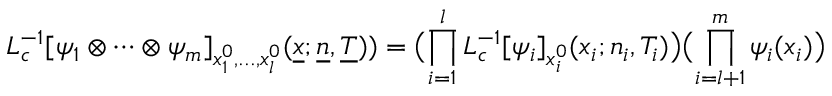
L _ { c } ^ { - 1 } [ \psi _ { 1 } \otimes \cdots \otimes \psi _ { m } ] _ { x _ { 1 } ^ { 0 } , . . . , x _ { l } ^ { 0 } } ( \underline { { { x } } } ; \underline { { { n } } } , \underline { { { T } } } ) ) = \bigl ( \prod _ { i = 1 } ^ { l } L _ { c } ^ { - 1 } [ \psi _ { i } ] _ { x _ { i } ^ { 0 } } ( x _ { i } ; n _ { i } , T _ { i } ) \bigr ) \bigl ( \prod _ { i = l + 1 } ^ { m } \psi _ { i } ( x _ { i } ) \bigr )